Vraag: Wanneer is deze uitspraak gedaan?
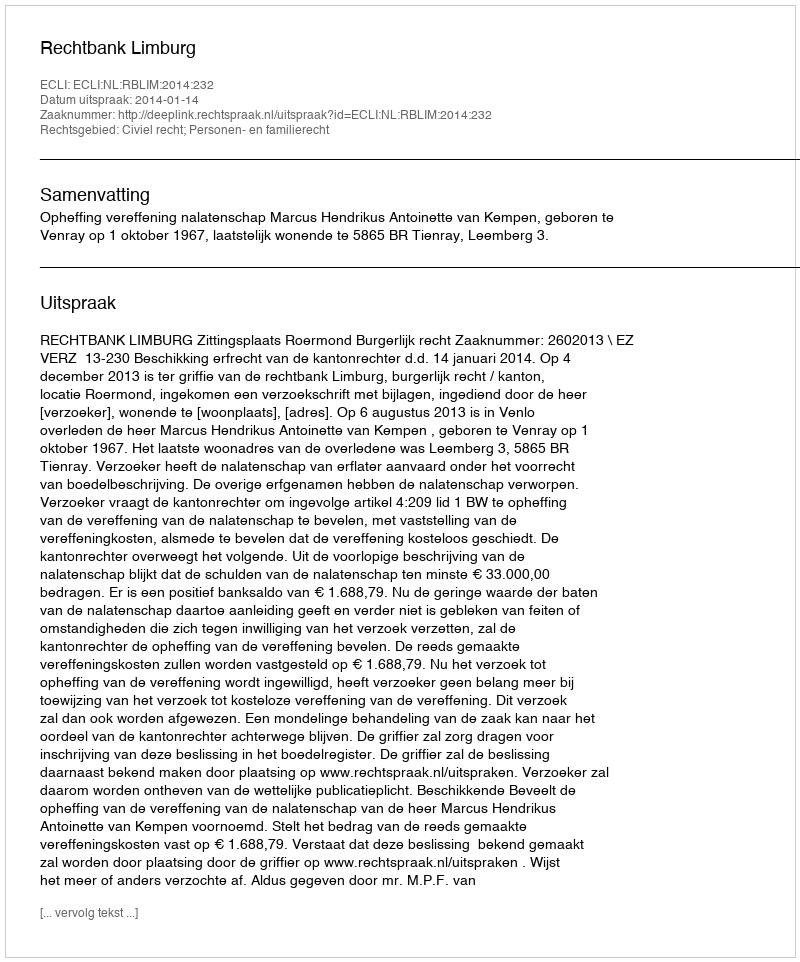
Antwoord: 2014-01-14